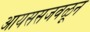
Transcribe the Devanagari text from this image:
आयससजवळून